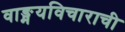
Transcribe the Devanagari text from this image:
वाङ्मयविचाराची